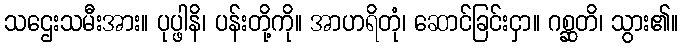
သဌေးသမီးအား။ ပုပ္ဖါနိ၊ ပန်းတို့ကို။ အာဟရိတုံ၊ ဆောင်ခြင်းငှာ။ ဂစ္ဆတိ၊ သွား၏။